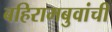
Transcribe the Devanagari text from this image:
बहिरामबुवांची